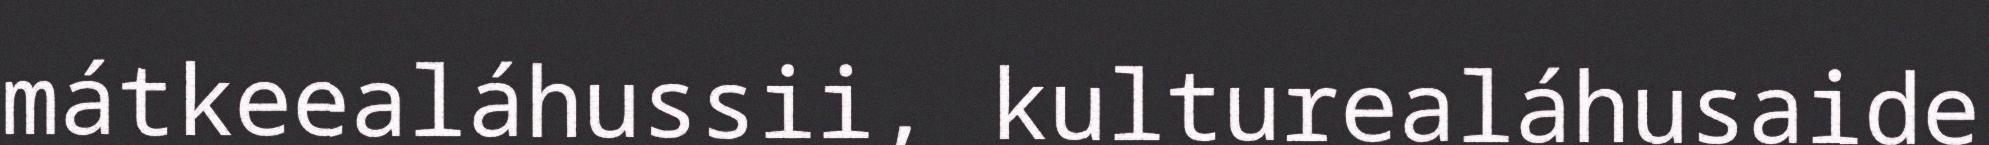
mátkeealáhussii, kulturealáhusaide